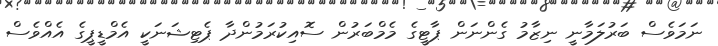
ނަމަވެސް ބަރުލަމާނީ ނިޒާމު ގެންނަން ޕާޓީގެ މެމްބަރުން ސޮއިކުރަމުންދާ ޕެޓިޝަނަކީ އެމްޑީޕީގެ އެއްވެސް